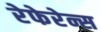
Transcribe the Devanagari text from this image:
रेफेरेन्स